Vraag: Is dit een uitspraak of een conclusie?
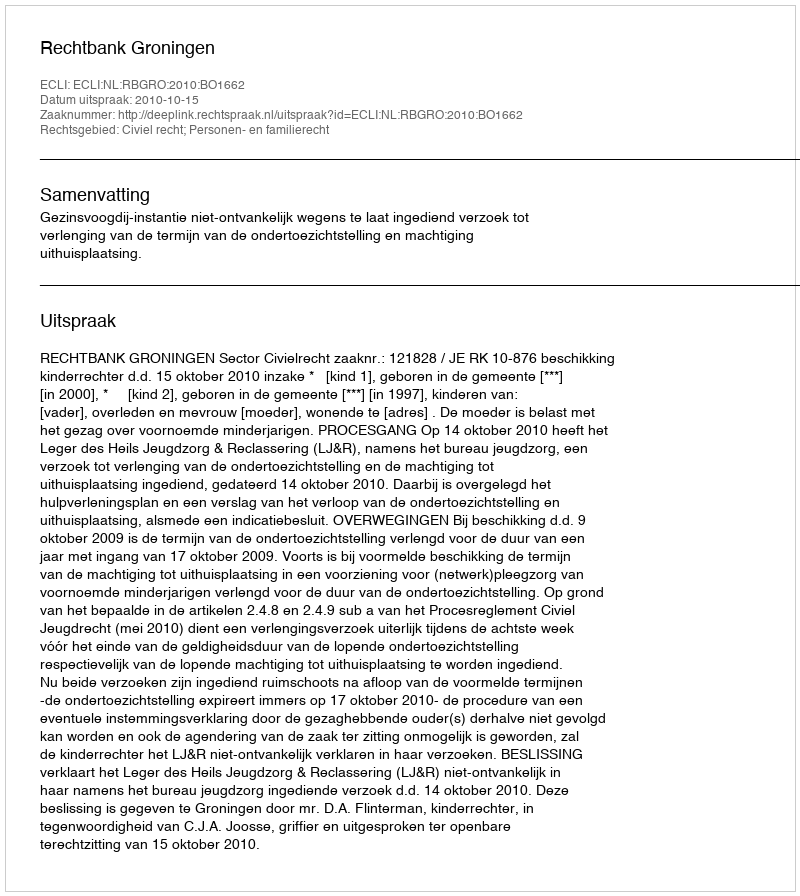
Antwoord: Uitspraak